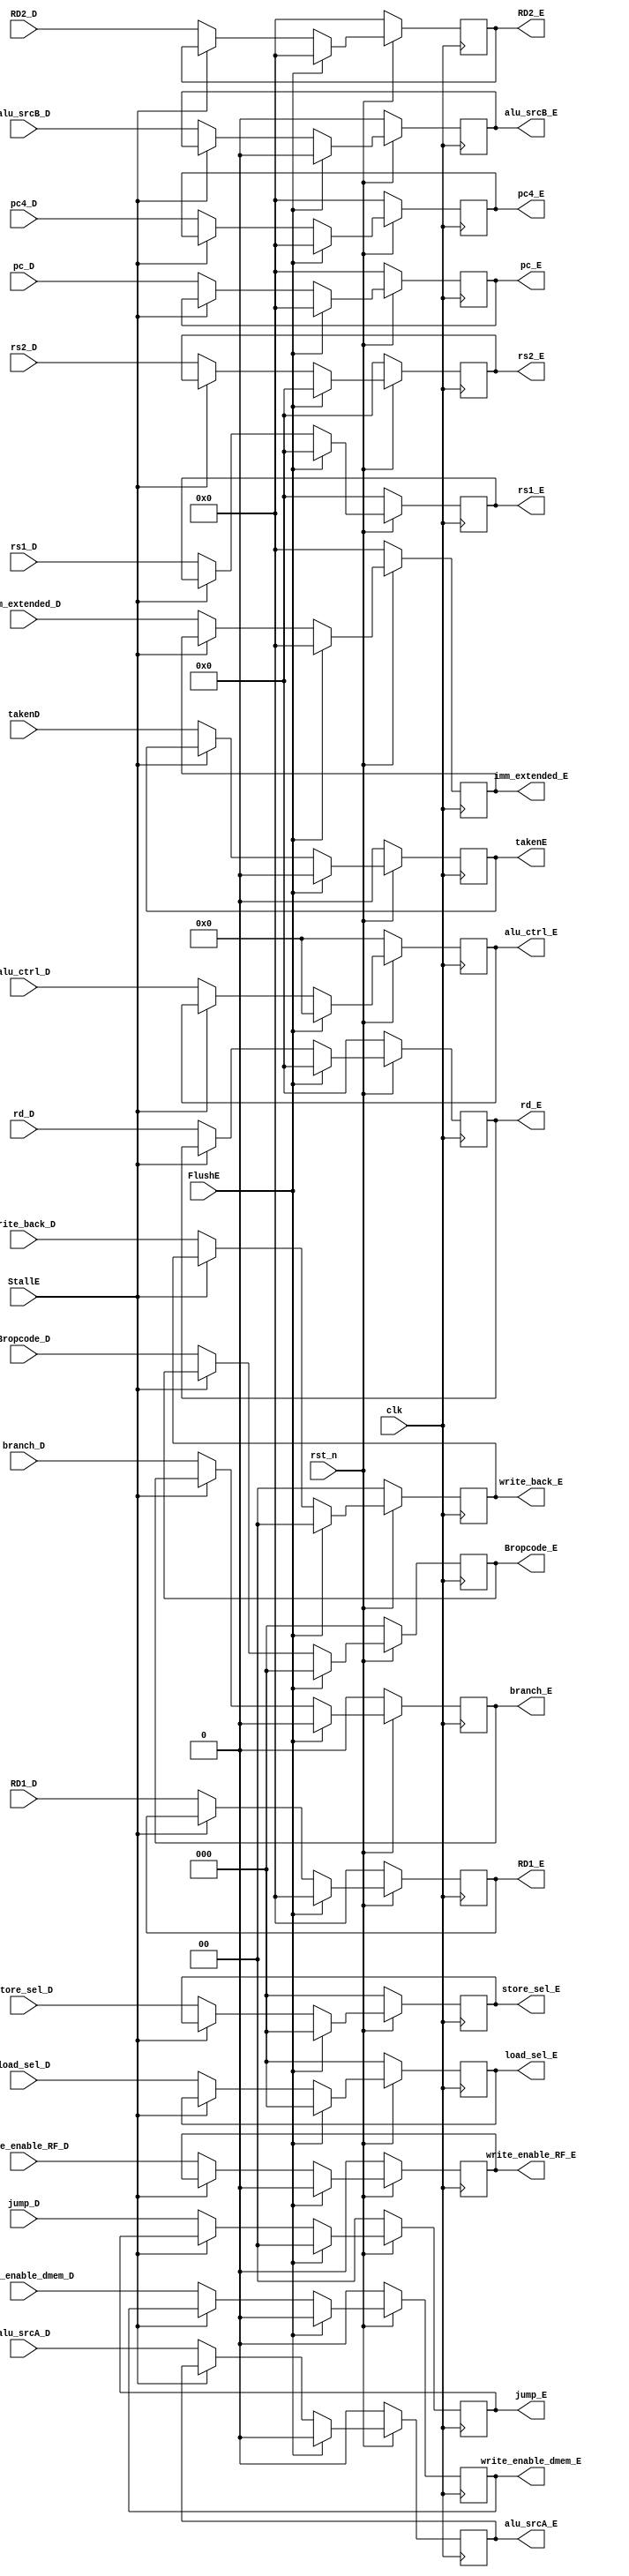
module EX_register (
    input clk,rst_n,
    input FlushE,
    input StallE,
    input write_enable_RF_D,
    input write_enable_dmem_D,
    input [1:0] write_back_D,
    input [9:0] alu_ctrl_D, // alu promax neen phai chinh lai
    input alu_srcA_D,
    input alu_srcB_D,
    input [1:0] jump_D,
    input branch_D,
    input takenD,
    input [31:0] pc_D,
    input [31:0] pc4_D,
    input [31:0] imm_extended_D,
    input [31:0]  RD1_D,
    input [31:0]  RD2_D,
    input [4:0]  rs1_D,
    input [4:0]  rs2_D,
    input [4:0]  rd_D,
    input [2:0]  store_sel_D,
    input [2:0]  load_sel_D,
    input [2:0]  Bropcode_D,

    output reg  write_enable_RF_E,
    output reg  write_enable_dmem_E,
    output reg  [1:0] write_back_E, 
    output reg  [9:0] alu_ctrl_E,
    output reg  alu_srcA_E,
    output reg  alu_srcB_E,
    output reg  [1:0] jump_E,
    output reg  branch_E,
    output reg  takenE,
    output reg  [31:0] pc_E,
    output reg  [31:0] pc4_E,
    output reg  [31:0] imm_extended_E,
    output reg  [31:0] RD1_E,
    output reg  [31:0] RD2_E,
    output reg  [4:0] rs1_E,
    output reg  [4:0] rs2_E,
    output reg  [4:0] rd_E,
    output reg  [2:0] store_sel_E,
    output reg  [2:0] load_sel_E,
    output reg  [2:0] Bropcode_E

);
    always @(posedge clk) begin
        if (!rst_n) begin 
            write_enable_RF_E <= 0;
            write_enable_dmem_E <= 0;
            write_back_E <= 0;
            alu_ctrl_E <= 0;
            alu_srcA_E <= 0;
            alu_srcB_E <= 0;
            jump_E <= 0;
            branch_E <= 0;
            takenE <= 0;
            pc_E <= 0;
            pc4_E <= 0;
            imm_extended_E <= 0;
            RD1_E <= 0;
            RD2_E <= 0;
            rs1_E <= 0;
            rs2_E <= 0;
            rd_E <= 0;     
            store_sel_E <= 0;
            load_sel_E <= 0;
            Bropcode_E <= 0;    
        end
        else if (FlushE) begin
            write_enable_RF_E <= 0;
            write_enable_dmem_E <= 0;
            write_back_E <= 0;
            alu_ctrl_E <= 10'b0;
            alu_srcA_E <= 32'b0;
            alu_srcB_E <= 32'b0;
            jump_E <= 0;
            branch_E <= 0;
            takenE <= 0;
            pc_E <= 32'b0;
            pc4_E <= 32'b0;
            imm_extended_E <= 32'b0;
            RD1_E <= 5'b0;
            RD2_E <= 5'b0;
            rs1_E <= 5'b0;
            rs2_E <= 5'b0;
            rd_E  <= 5'b0;  
            store_sel_E <= 3'b0;
            load_sel_E <= 3'b0;
            Bropcode_E <= 2'b0;           
        end
        else if (StallE) begin
            write_enable_RF_E <= write_enable_RF_E;
            write_enable_dmem_E <= write_enable_dmem_E;
            write_back_E <= write_back_E;
            alu_ctrl_E <= alu_ctrl_E;
            alu_srcA_E <= alu_srcA_E;
            alu_srcB_E <= alu_srcB_E;
            jump_E <= jump_E;
            branch_E <= branch_E;
            takenE <= takenE;
            pc_E <= pc_E;
            pc4_E <= pc4_E;
            imm_extended_E <= imm_extended_E;
            RD1_E <= RD1_E;
            RD2_E <= RD2_E;
            rs1_E <= rs1_E;
            rs2_E <= rs2_E;
            rd_E  <= rd_E;   
            store_sel_E <= store_sel_E;
            load_sel_E <= load_sel_E;
            Bropcode_E <= Bropcode_E;    
        end
        else begin
            write_enable_RF_E <= write_enable_RF_D;
            write_enable_dmem_E <= write_enable_dmem_D;
            write_back_E <= write_back_D;
            alu_ctrl_E <= alu_ctrl_D;
            alu_srcA_E <= alu_srcA_D;
            alu_srcB_E <= alu_srcB_D;
            jump_E <= jump_D;
            branch_E <= branch_D;
            takenE <= takenD;
            pc_E <= pc_D;
            pc4_E <= pc4_D;
            imm_extended_E <= imm_extended_D;
            RD1_E <= RD1_D;
            RD2_E <= RD2_D;
            rs1_E <= rs1_D;
            rs2_E <= rs2_D;
            rd_E  <= rd_D;   
            store_sel_E <= store_sel_D;
            load_sel_E <= load_sel_D;
            Bropcode_E <= Bropcode_D;
        end
    end
endmodule